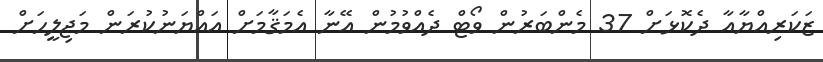
ޒަކަރިއްޔާއާ ދެކޮޅަށް 37 މެންބަރުން ވޯޓް ދެއްވުމުން އޭނާ އެމަޤާމަށް އައްޔަނުކުރަން މަޖިލީހަށް